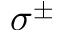
\sigma ^ { \pm }